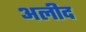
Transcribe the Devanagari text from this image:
अलीद